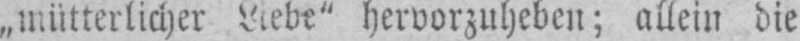
„mütterlicher Liebe“ hervorzuheben; allein die